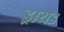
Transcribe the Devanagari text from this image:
ड्रायड